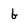
Character: b